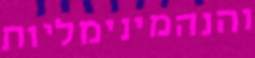
והנהמינימליות